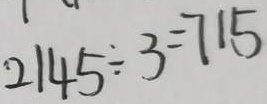
2 1 4 5 \div 3 = 7 1 5